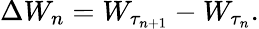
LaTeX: \Delta W_{n}=W_{\tau_{n+1}}-W_{\tau_{n}}.